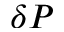
\delta P